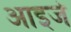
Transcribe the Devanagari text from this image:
आइजे